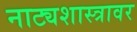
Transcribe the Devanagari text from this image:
नाट्यशास्त्रावर